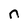
Character: n